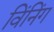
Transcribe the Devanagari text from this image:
विंनिंग